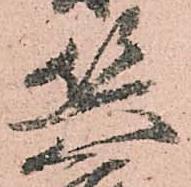
兵